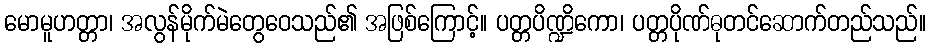
မောမူဟတ္တာ၊ အလွန်မိုက်မဲတွေဝေသည်၏ အဖြစ်ကြောင့်။ ပတ္တပိဏ္ဍိကော၊ ပတ္တပိုဏ်ဓုတင်ဆောက်တည်သည်။